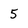
Character: 5